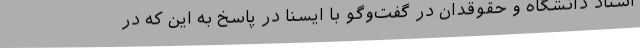
استاد دانشگاه و حقوقدان در گفت‌وگو با ایسنا در پاسخ به این که در